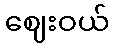
ဈေးဝယ်